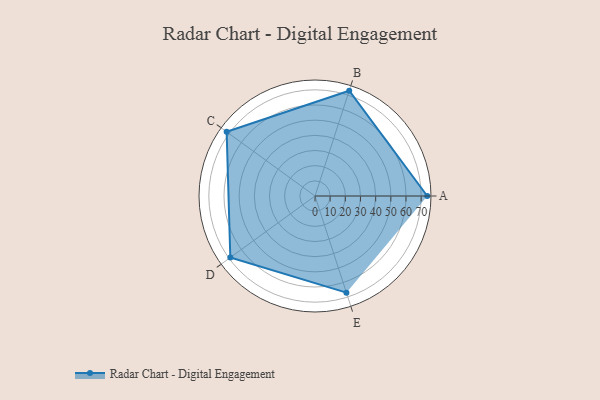
{"axis": {"x": "Skill", "y": "Score"}, "legend": ["Profile"], "data": [{"x": "A", "y": 74.0, "type": "Profile"}, {"x": "B", "y": 73.0, "type": "Profile"}, {"x": "C", "y": 72.0, "type": "Profile"}, {"x": "D", "y": 69.0, "type": "Profile"}, {"x": "E", "y": 67.0, "type": "Profile"}]}